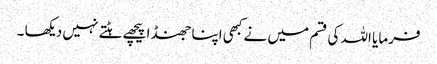
فرمایا اللہ کی قسم میں نے کبھی اپنا جھنڈا پیچھے ہٹتے نہیں دیکھا ۔